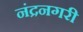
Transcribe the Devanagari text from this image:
नंद्रनगरी